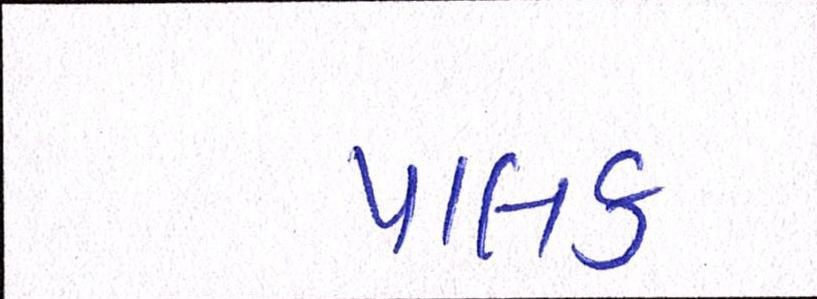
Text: પાલક